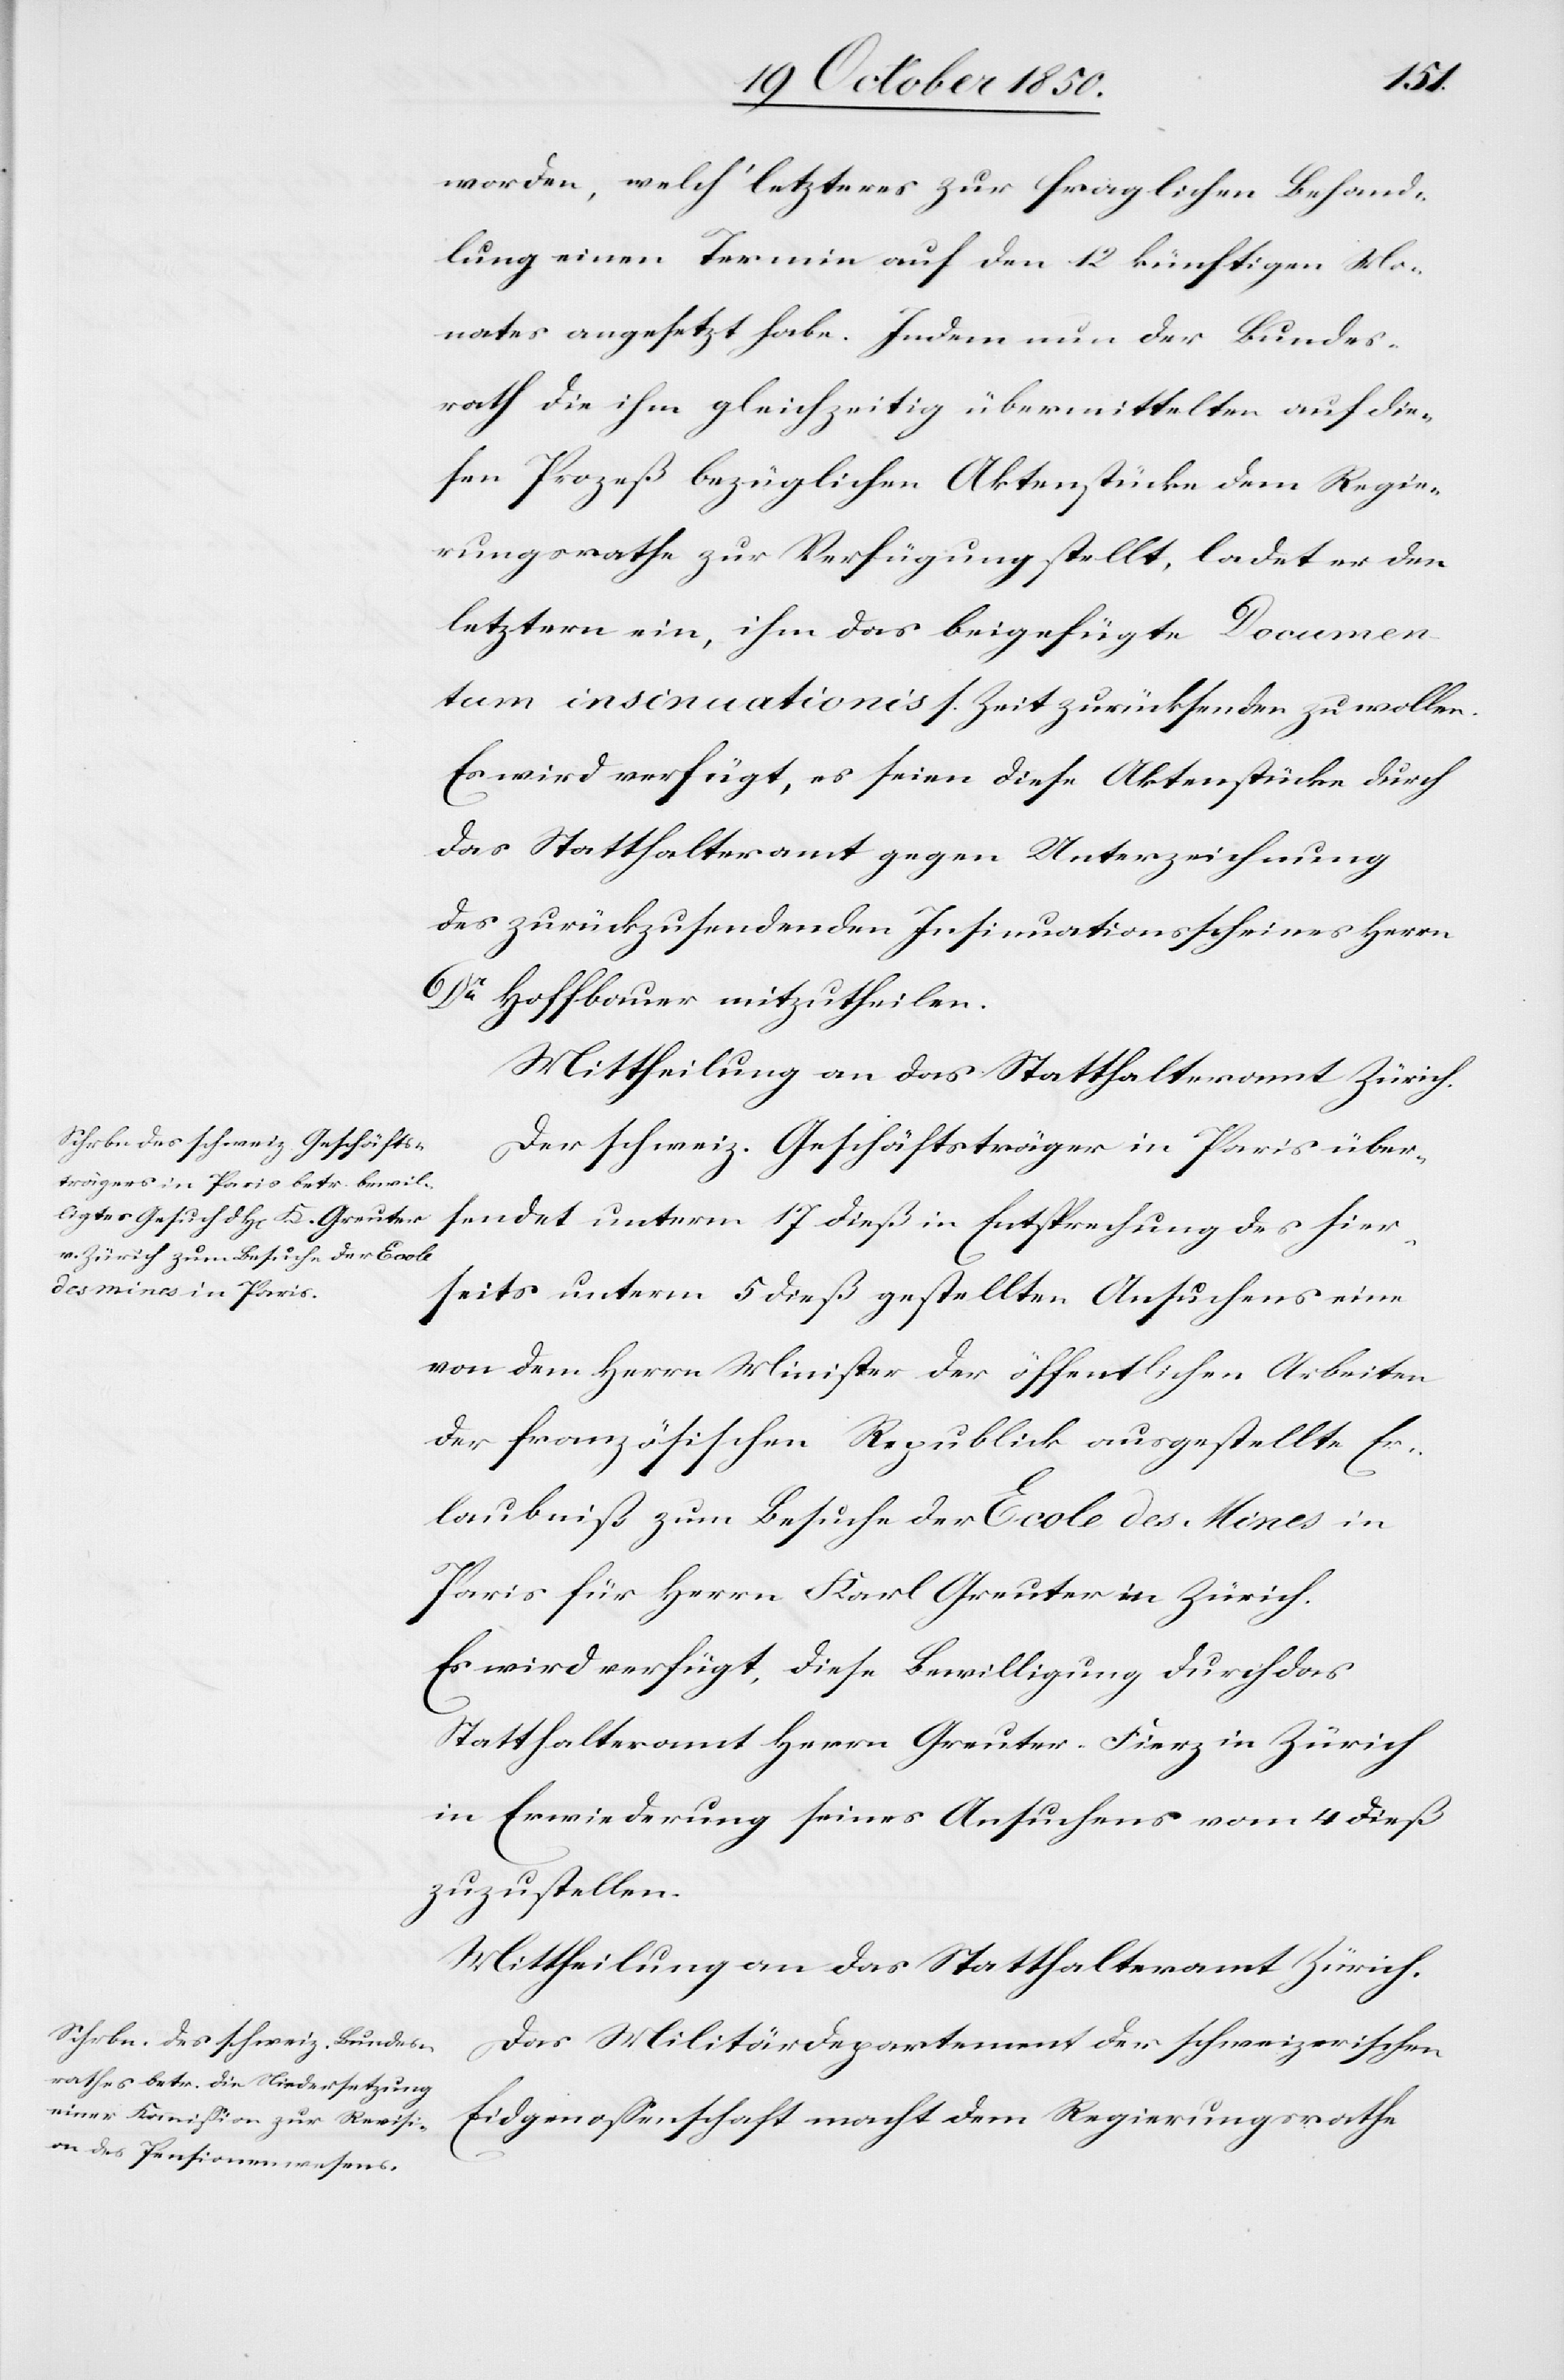
den
20 October 1850.]
worden, welch‘ letzteres zur fraglichen Behand¬
lung einen Termin auf den 12 künftigen Mo¬
nates angesetzt habe. Indem nun der Bundes¬
rath die ihm gleichzeitig übermittelten auf die¬
sen Prozeß bezüglichen Aktenstücke dem Regie¬
rungsrathe zur Verfügung stellt, ladet er den
letztern ein, ihm das beigefügte Documen¬
tum insinuationis s. Zeit zurücksenden zu wollen.
Es wird verfügt, es seien diese Aktenstücke durch
das Statthalteramt gegen Unterzeichnung
des zurückzusendenden Insinuationsscheines Herrn
Dr Hoffbauer mitzutheilen.
Der schweiz. Geschäftsträger in Paris über¬
sendet unterm 17 dieß in Entsprechung des hier¬
seits unterm 5 dieß gestellten Ansuchens eine
von dem Herrn Minister der öffentlichen Arbeiten
der französischen Republick ausgestellte Er¬
laubniß zum Besuche der Ecole des Mines in
Paris für Herrn Karl Greuter in Zürich.
Es wird verfügt, diese Bewilligung durch das
Statthalteramt Herrn Greuter-Fierz in Zürich
in Erwiederung seines Ansuchens vom 4 dieß
zuzustellen.
Mittheilung an das Statthalteramt Zürich.
Das Militärdepartement der schweizerischen
Eidgenossenschaft macht dem Regierungsrathe